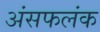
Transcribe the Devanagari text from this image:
अंसफलंक